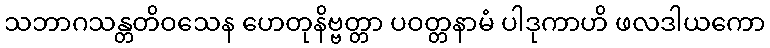
သဘာဂသန္တတိဝသေန ဟေတုနိဗ္ဗတ္တာ ပဝတ္တနာမံ ပါဒုကာဟိ ဖလဒါယကော